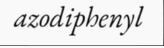
azodiphenyl